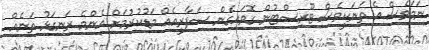
ނަމަވެސް އެ ތަނަކީވެސް ޓޫރިސްޓުން ގޮވައިގެން ސަފާރީއެއް މަޑުކުރުމަށް އެންމެ ރަނގަޅު ތަނެއް